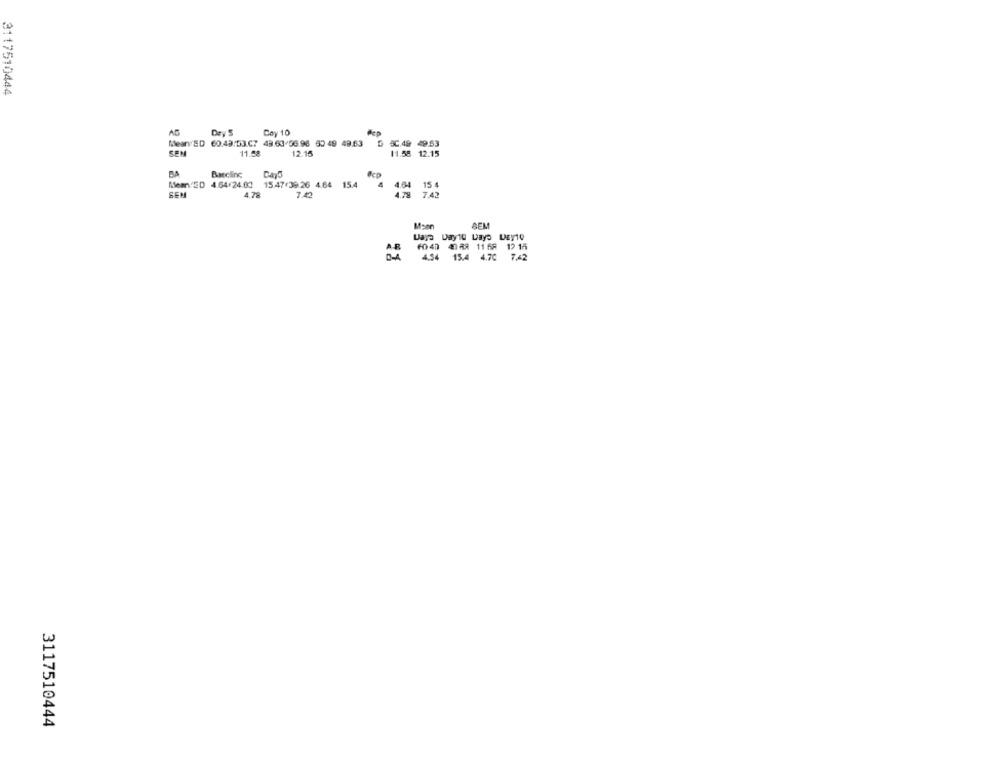
3117510444
Dry 5
Cay 10
Mean ED 60.43.53.C7 43.63/56.96 60 49 49.63 0 5C.49 49.53
SEM
11.58
12.15
11.58 12.15
Barcline
4.64 15 4
Mean ED 4.64/24.00 15.47/39:26 4.64 15.4
4.64
SEM
4.78
4.78 7.42
AEM
FO 47 42 88 11 58 12 15
434
15.4 4.70
7,42
3117510444